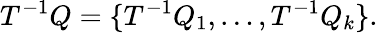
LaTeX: T^{-1}Q=\{ T^{-1}Q_{1},\ldots,T^{-1}Q_{k}\} .